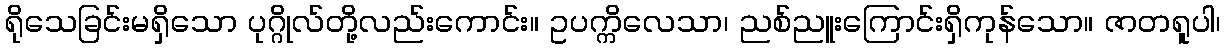
ရိုသေခြင်းမရှိသော ပုဂ္ဂိုလ်တို့လည်းကောင်း။ ဥပက္ကိလေသာ၊ ညစ်ညူးကြောင်းရှိကုန်သော။ ဇာတရူပါ၊